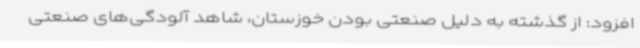
افزود: از گذشته به دلیل صنعتی بودن خوزستان، شاهد آلودگی‌های صنعتی